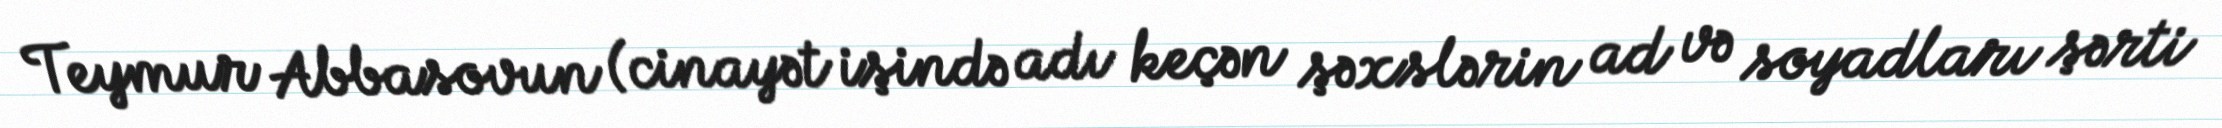
Teymur Abbasovun (cinayət işində adı keçən şəxslərin ad və soyadları şərti